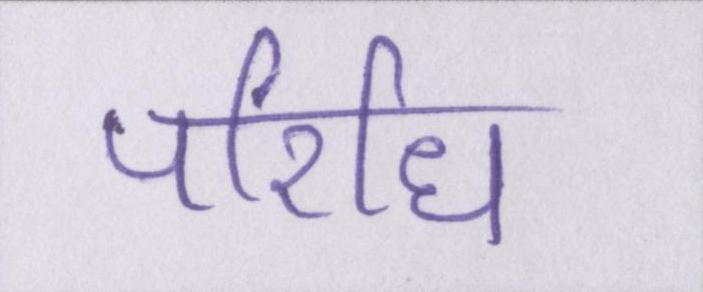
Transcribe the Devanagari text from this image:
परिधि